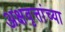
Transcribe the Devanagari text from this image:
अक्षवृत्तांच्या